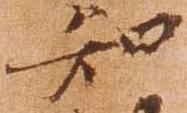
知